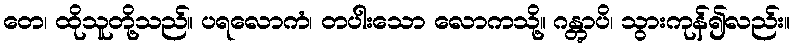
တေ၊ ထိုသူတို့သည်။ ပရလောကံ၊ တပါးသော လောကသို့။ ဂန္တွာပိ၊ သွားကုန်၍လည်း။